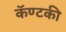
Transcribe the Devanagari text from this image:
कॅण्टकी